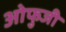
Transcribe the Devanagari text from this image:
ओफुजी